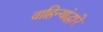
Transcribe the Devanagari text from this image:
वाहिन्यांद्वारे